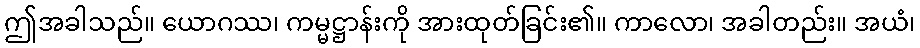
ဤအခါသည်။ ယောဂဿ၊ ကမ္မဋ္ဌာန်းကို အားထုတ်ခြင်း၏။ ကာလော၊ အခါတည်း။ အယံ၊